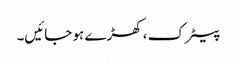
پیٹرک، کھڑے ہو جائیں۔